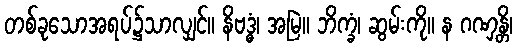
တစ်ခုသောအရပ်၌သာလျှင်။ နိဗဒ္ဓံ၊ အမြဲ။ ဘိက္ခံ၊ ဆွမ်းကို။ န ဂဏှန္တိ၊